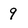
Character: 9